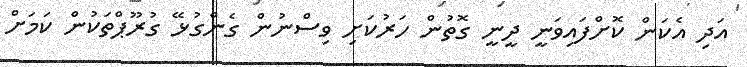
އަދި އެކަން ކޮށްފައިވަނީ ދީނީ ގޮތުން ހަރުކަށި ވިސްނުން ގެންގުޅޭ ގުރޫޕްތަކުން ކަމަށް